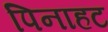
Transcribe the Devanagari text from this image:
पिनाहट